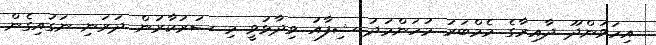
އިހަވަންދޫ ދާއިރާގެ މެމްބަރު މުހަންމަދު ޝިފާއު ވިދާޅުވީ މި ސަރުކާރުން ދަރަނި ނަގައިގެން